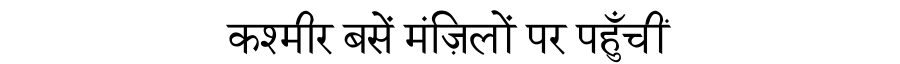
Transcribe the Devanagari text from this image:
कश्मीर बसें मंज़िलों पर पहुँचीं